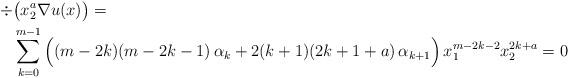
LaTeX: \begin{align*}\div &\big(x_2^a\nabla u(x)\big) =\\&\sum_{k=0}^{m-1} \Big((m-2k)(m-2k-1)\, \alpha_k+ 2(k+1)(2k+1+a)\,\alpha_{k+1}\Big)\,x_1^{m-2k-2}x_2^{2k+a}=0\end{align*}